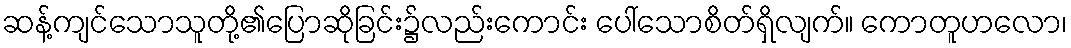
ဆန့်ကျင်သောသူတို့၏ပြောဆိုခြင်း၌လည်းကောင်း ပေါ်သောစိတ်ရှိလျက်။ ကောတူဟလော၊